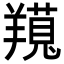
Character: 𦏊